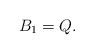
LaTeX: \begin{align*} B_1 = Q.\end{align*}